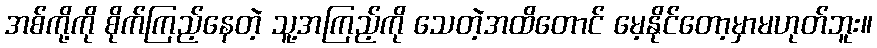
အစ်ကို့ကို စိုက်ကြည့်နေတဲ့ သူ့အကြည့်ကို သေတဲ့အထိတောင် မေ့နိုင်တော့မှာမဟုတ်ဘူး။